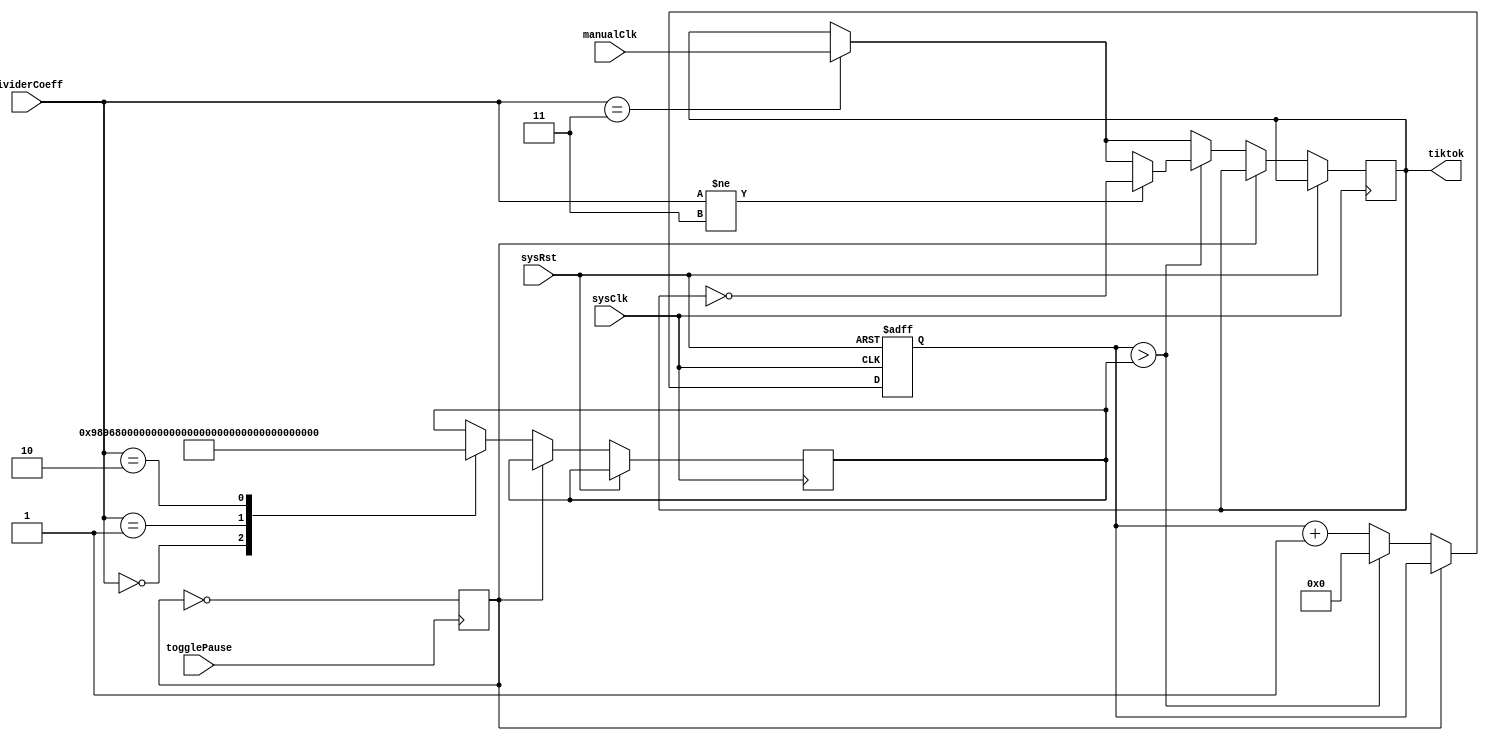
module clockGenerator(
    input sysClk,
    input sysRst,
    input togglePause,
    input manualClk,
    input [1:0] dividerCoeff,
    output reg tiktok
);
    reg paused;
    reg [63:0]dividerCounter;
    reg [63:0]dividerSup;
    
    always @(posedge sysClk or posedge sysRst) begin
        if(sysRst)begin
            dividerCounter<=0;
        end
        else begin
            if(!paused)begin
                case(dividerCoeff)
                    2'b00:dividerSup<=10000000;
                    2'b01:dividerSup<=5000000;
                    2'b10:dividerSup<=2500000;
                    2'b11:tiktok<=manualClk;
                endcase
                dividerCounter<=dividerCounter+1;
                
                if(dividerCounter>dividerSup)begin
                    dividerCounter<=0;
                    if(dividerCoeff!=2'b11)
                        tiktok<=~tiktok;
                end
            end
        end
    end
    always @ (posedge togglePause) begin
        paused<=~paused;
    end
endmodule